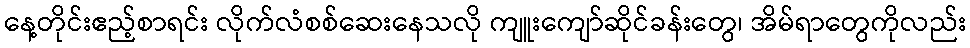
နေ့တိုင်းဧည့်စာရင်း လိုက်လံစစ်ဆေးနေသလို ကျူးကျော်ဆိုင်ခန်းတွေ၊ အိမ်ရာတွေကိုလည်း